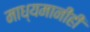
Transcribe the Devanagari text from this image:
माध्यमानीही